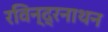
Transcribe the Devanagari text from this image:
रविन्द्रनाथन